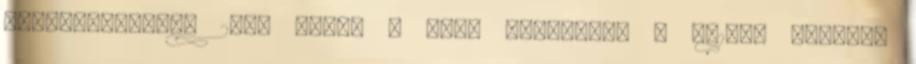
főpályaudvarán 2007 őszén A cseh rokonság, a 371-es sorozat